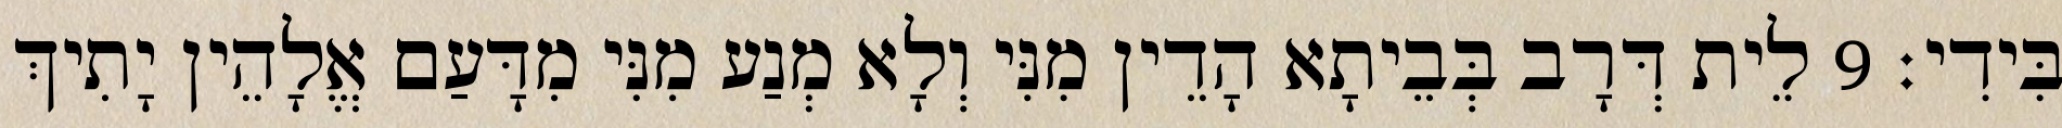
בִּידִי׃ 9 לֵית דְּרָב בְּבֵיתָא הָדֵין מִנִּי וְלָא מְנַע מִנִּי מִדָּעַם אֱלָהֵין יָתִיךְ